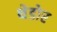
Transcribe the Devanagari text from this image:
थेडोर